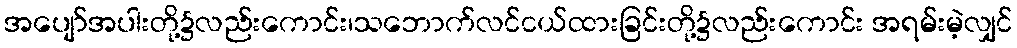
အပျော်အပါးတို့၌လည်းကောင်း၊သဘောက်လင်ငယ်ထားခြင်းတို့၌လည်းကောင်း အရမ်းမဲ့လျှင်